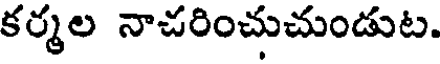
కర్మల నాచరించుచుండుట.